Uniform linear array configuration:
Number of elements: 16
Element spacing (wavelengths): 0.25
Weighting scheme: blackman
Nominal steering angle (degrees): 30
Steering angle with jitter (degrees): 30.739
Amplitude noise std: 0.05
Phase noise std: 0.05

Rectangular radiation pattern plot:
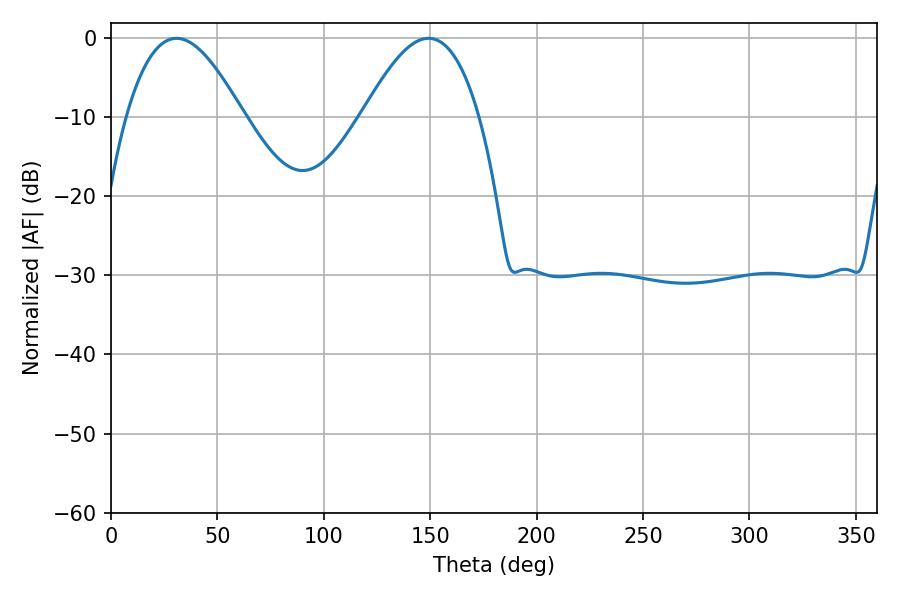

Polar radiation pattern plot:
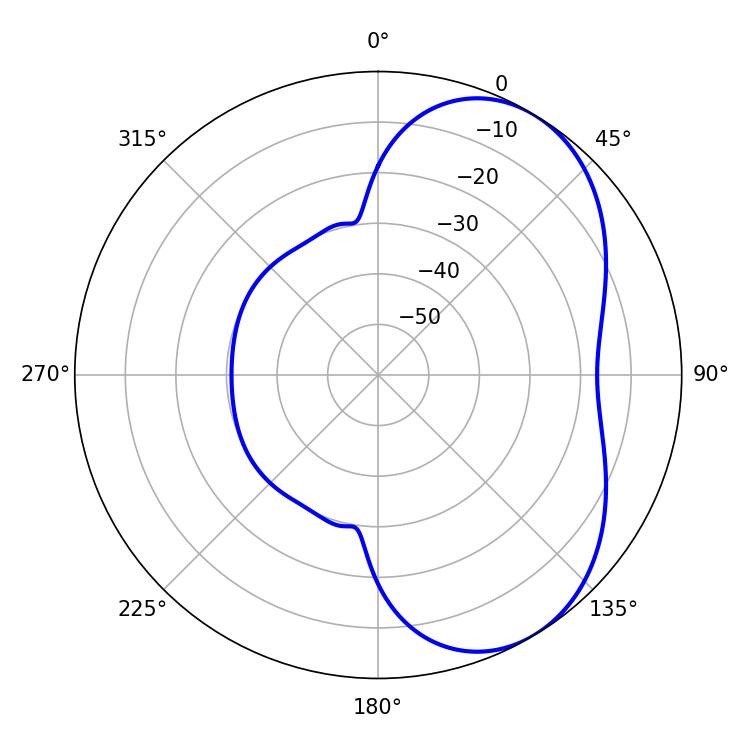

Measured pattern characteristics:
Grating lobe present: FALSE
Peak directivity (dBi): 5.077
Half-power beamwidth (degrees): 29.88
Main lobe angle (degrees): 30.78